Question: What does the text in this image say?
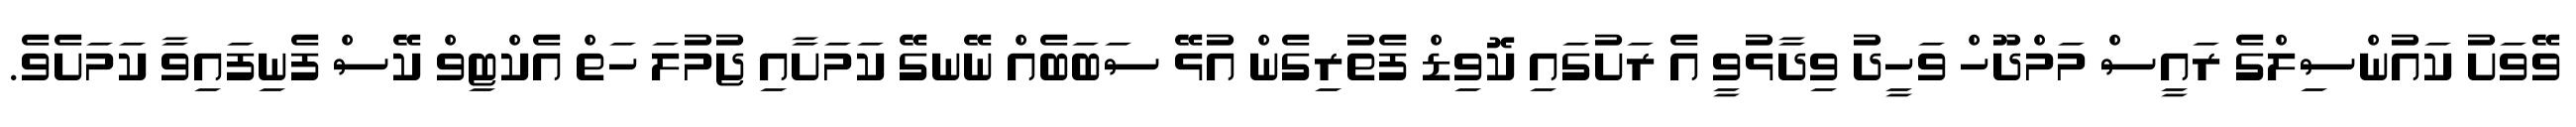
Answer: ވޭވަށު ކައުންސިލްގެ ރައީސް މަމްދޫހް ވަހީދު ވިދާޅުވީ އެ ރަށުގައި ކޮވިޑް ފެތުރިގެން އުޅޭ ސަބަބެއް ނޭނގޭ ކަމަށާއި ޖުމުލަ ހަތް އެކްޓިވް ކޭސް ފެނިފައިވާ ކަމަށެވެ.